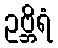
ဥဗ္ဘိရံ